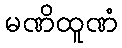
မဏိထူဏံ